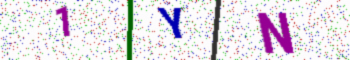
Text: 1YN